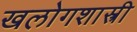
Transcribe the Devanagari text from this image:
खलोगशास्त्री